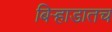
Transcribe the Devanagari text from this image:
बिऱ्हाडातच